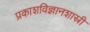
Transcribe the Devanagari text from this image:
प्रकाशविज्ञानशास्री